Vaccination report Assam 1874-1896 - 1874-1896
Year: 1874
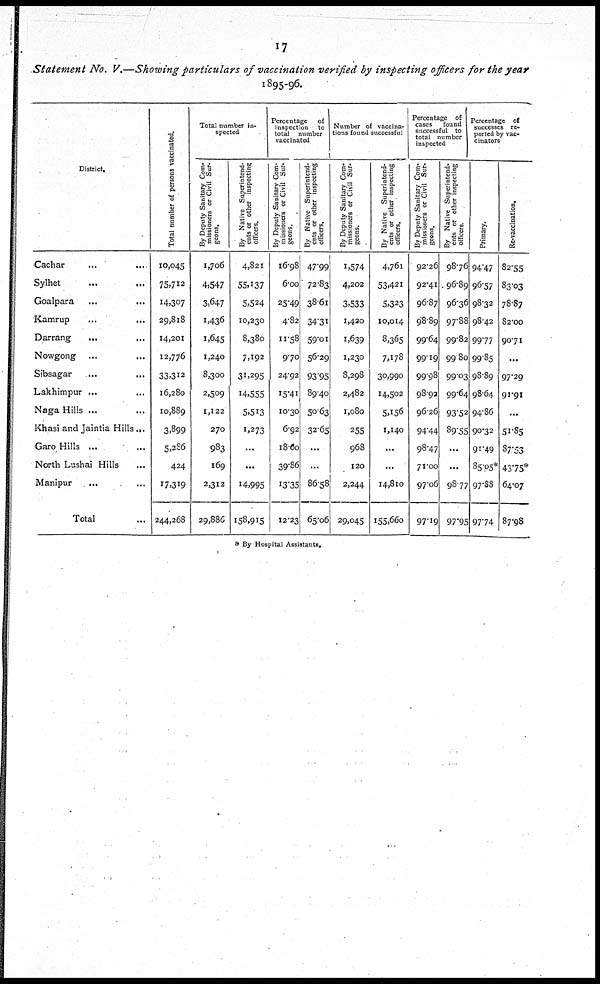
17
Statement No. V.—Showing particulars of vaccination verified by inspecting officers for the year
1895-96.
District.
Cachar
...
...
Sylhet ... ...
Goalpara ... ...
Kamrup ... ...
Darrang
... ...
Nowgong ... ...
Sibsagar
...
...
Lakhimpur ... ...
Naga Hills ... ...
Khasi and Jaintia Hills ...
Garo Hills ... ...
North Lushai Hills ...
Manipur
... ...
Total ...
Total number of persons vaccinated.
10,045
75,712
14,307
29,818
14,201
12,776
33,312
16,280
10,889
3,899
5,286
424
17,319
244,268
Total number in-
spected
By Deputy Sanitary Com-
missioners or Civil Sur-
geons.
1,706
4,547
3,647
1,436
1,645
1,240
8,300
2,509
1,122
270
983
169
2,312
29,886
By Native Superintend-
ents or other inspecting
officers.
4,821
55,137
5,524
10,230
8,380
7,192
31,295
14,555
5,513
1,273
...
...
14,995
158,915
Percentage of
inspection to
total number
vaccinated
By Deputy Sanitary Com-
missioners or Civil Sur-
geons.
16.98
6.00
25.49
4.82
11.58
9.70
24.92
15.41
10.30
6.92
18.60
39.86
13.35
12.23
By Native Superintend-
ents or other inspecting
officers.
47.99
72.83
38.61
34.31
59.01
56.29
93.95
89.40
50.63
32.65
...
...
86.58
65.06
Number of vaccina-
tions found successful
By Deputy Sanitary Com-
missioners or Civil Sur-
geons.
1,574
4,202
3,533
1,420
1,639
1,230
8,298
2,482
1,080
255
968
120
2,244
29,045
By Native Superintend-
ents or other inspecting
officers.
4,761
53,421
5,323
10,014
8,365
7,178
30,990
14,502
5,156
1,140
...
...
14,810
155,660
Percentage of
cases
found
successful to
total number
inspected
By Deputy Sanitary Com-
missioners or Civil Sur-
geons.
92.26
92.41
96.87
98.89
99.64
99.19
99.98
98.92
96.26
94.44
98.47
71.00
97.06
97.19
By Native Superintend-
ents or other inspecting
officers.
98.76
96.89
96.36
97.88
99.82
99.80
99.03
99.64
93.52
89.55
...
...
98.77
97.95
Percentage of
successes re-
ported by vac-
cinators
Primary.
94.47
96.57
98.32
98.42
99.77
99.85
98.89
98.64
94.86
90.32
91.49
85.05*
97.88
97.74
Re-vaccination.
82.55
83.03
78.87
82.00
90.71
...
97.29
91.91
...
51.85
87.53
43.75*
64.07
87.98
* By Hospital Assistants.